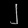
Digit: ၂